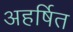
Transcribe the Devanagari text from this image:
अहर्षित